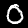
Label: 0